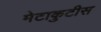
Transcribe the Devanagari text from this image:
मेटाकुटीस